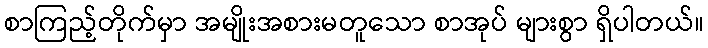
စာကြည့်တိုက်မှာ အမျိုးအစားမတူသော စာအုပ် များစွာ ရှိပါတယ်။